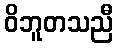
ဝိဘူတသညီ